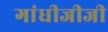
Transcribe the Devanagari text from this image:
गांधीजीजी